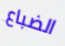
الضباع